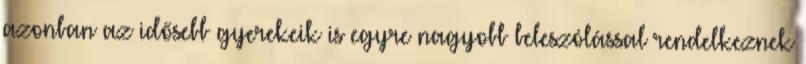
azonban az idősebb gyerekeik is egyre nagyobb beleszólással rendelkeznek